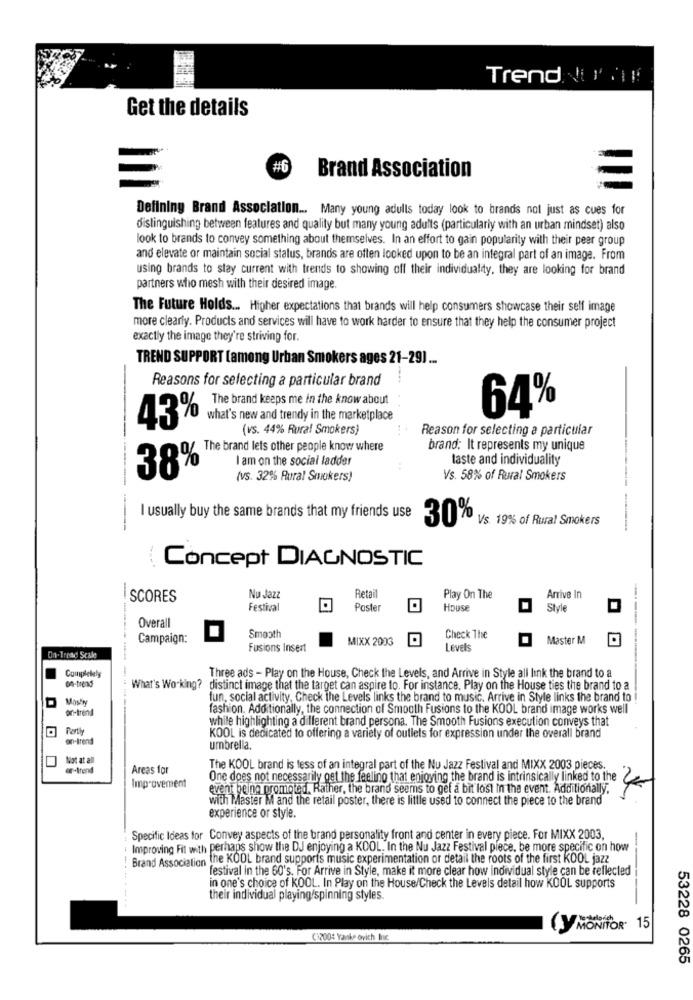
Trend Non !!
Get the details
#6
Brand Association
Defining Brand Association ... Many young adults today look to brands not just as cues for
distinguishing between features and quality but many young adults (particularly with an urban mindset) also
look to brands to convey something about themselves. In an effort to gain popularity with their peer group
and elevate or maintain social status, brands are often looked upon to be an integral part of an image. From
using brands to stay current with trends to showing off their individuality, they are looking for brand
partners who mesh with their desired image.
The Future Holds ... Higher expectations that brands will help consumers showcase their self image
more clearly. Products and services will have to work harder to ensure that they help the consumer project
exactly the image they're striving for.
TREND SUPPORT [among Urban Smokers ages 21-29) ...
Reasons for selecting a particular brand
The brand keeps me in the know about
43%
what's new and trendy in the marketplace
64%
(vs. 44% Rural Smokers)
Reason for selecting a particular
brand: It represents my unique
I am on the social ladder
taste and individuality
38% The brand lets other people know where
(vs. 32% Rural Smokers)
Vs. 58% of Rural Smokers
I usually buy the same brands that my friends use
30%
Vs. 19% of Rural Smokers
-----
Concept DIAGNOSTIC
SCORES
Nu Jazz
Retail
Play On The
Arrive In
Festival
Poster
House
Style
Overall
Campaign:
Smooth
MIXX 2003
Check The
Master M
Fusions Insert
Levels
On-Tread Scale
--------
Completely
Three ads - Play on the House, Check the Levels, and Arrive in Style all link the brand to a
What's Working? distinct image that the target can aspire to. For instance, Play on the House ties the brand to a
fun, social activity, Check the Levels links the brand to music. Arrive in Style links the brand to
on-trend
fashion. Additionally, the connection of Smooth Fusions to the KOOL brand image works well
while highlighting a different brand persona. The Smooth Fusions execution conveys that
Partly
on-Irend
KOOL is dedicated to offering a variety of outlets for expression under the overall brand
umbrella.
Not at all
er-trend
Areas for
The KOOL brand is less of an integral part of the Nu Jazz Festival and MIXX 2003 pieces.
One does not necessarily get the feeling that enjoying the brand is intrinsically linked to the
2
Improvement
event beina promoted. Rather, the brand seems to gef a bit lost in the event. Additionally.
with Master M and the retail poster, there is little used to connect the piece to the brand
experience or style.
Specific Ideas for Convey aspects of the brand personality front and center in every piece. For MIXX 2003,
Improving Fit with perhaps show the DJ enjoying a KOOL. In the Nu Jazz Festival piece, be more specific on how
Brand Association the KOOL brand supports music experimentation or detail the roots of the first KOOL jazz
festival in the 60's. For Arrive in Style, make it more clear how individual style can be reflected
in one's choice of KOOL. In Play on the House/Check the Levels detail how KOOL supports
their individual playing/spinning styles.
---
(y MONITOR 15
(12004 Yanke ovich Inc
53228 0265